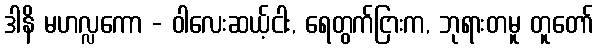
ဒါနိ မဟလ္လကော - ဝါလေးဆယ့်ငါး, ရေတွက်ငြားက, ဘုရားတမူ တူတော်